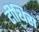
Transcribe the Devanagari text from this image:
टीथिस